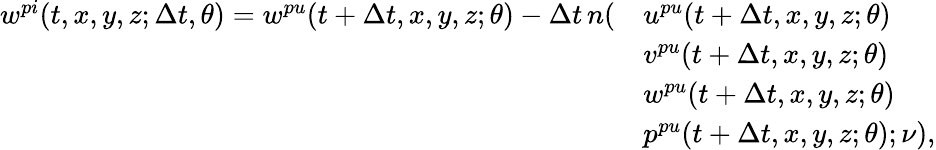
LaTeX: \begin{array}{rl}{w^{pi}(t,x,y,z;\Delta t,\theta)=w^{pu}(t+\Delta t,x,y,z;\theta)-\Delta t\, n(}&{u^{pu}(t+\Delta t,x,y,z;\theta)}\\ &{v^{pu}(t+\Delta t,x,y,z;\theta)}\\ &{w^{pu}(t+\Delta t,x,y,z;\theta)}\\ &{p^{pu}(t+\Delta t,x,y,z;\theta);\nu),}\end{array}